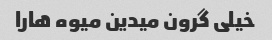
خیلی گرون میدین میوه هارا